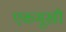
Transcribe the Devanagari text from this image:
एकमूखी